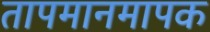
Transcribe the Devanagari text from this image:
तापमानमापक